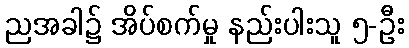
ညအခါ၌ အိပ်စက်မှု နည်းပါးသူ ၅-ဦး